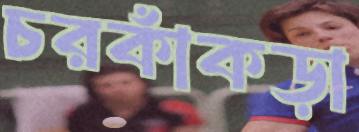
চরকাঁকড়া